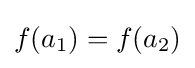
f(a_{1})=f(a_{2})